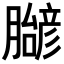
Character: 𬛝